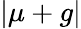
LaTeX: |\mu+g|